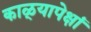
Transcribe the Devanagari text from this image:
काळ्यापेक्षां